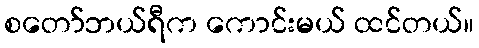
စတော်ဘယ်ရီက ကောင်းမယ် ထင်တယ်။